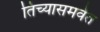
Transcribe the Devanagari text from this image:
तिच्यासमवेत